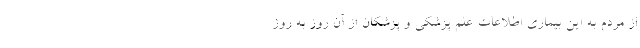
از مردم به این بیماری اطلاعات علم پزشکی و پزشکان از آن روز به روز